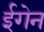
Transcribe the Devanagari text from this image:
ईगेन